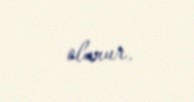
olunur.